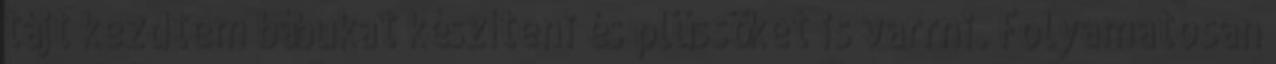
tájt kezdtem bábukat készíteni és plüssöket is varrni. Folyamatosan